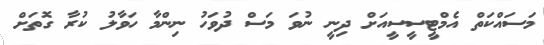
މަސައްކަތް އެމްޓީސީސީއަށް ދިނީ ނުވަ މަސް ދުވަހު ނިންމާ ހަވާލު ކުރާ ގޮތަށް